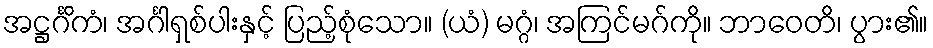
အဋ္ဌင်္ဂိကံ၊ အင်္ဂါရှစ်ပါးနှင့် ပြည့်စုံသော။ (ယံ) မဂ္ဂံ၊ အကြင်မဂ်ကို။ ဘာဝေတိ၊ ပွား၏။